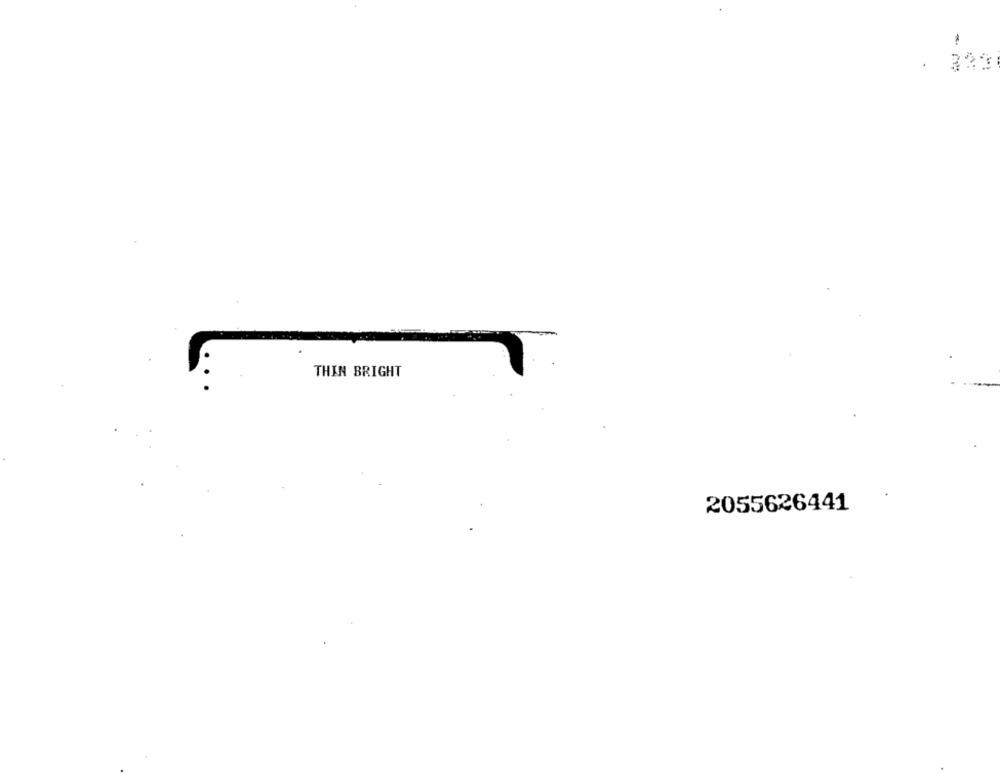
. 333
THIN BRIGHT
2055626441